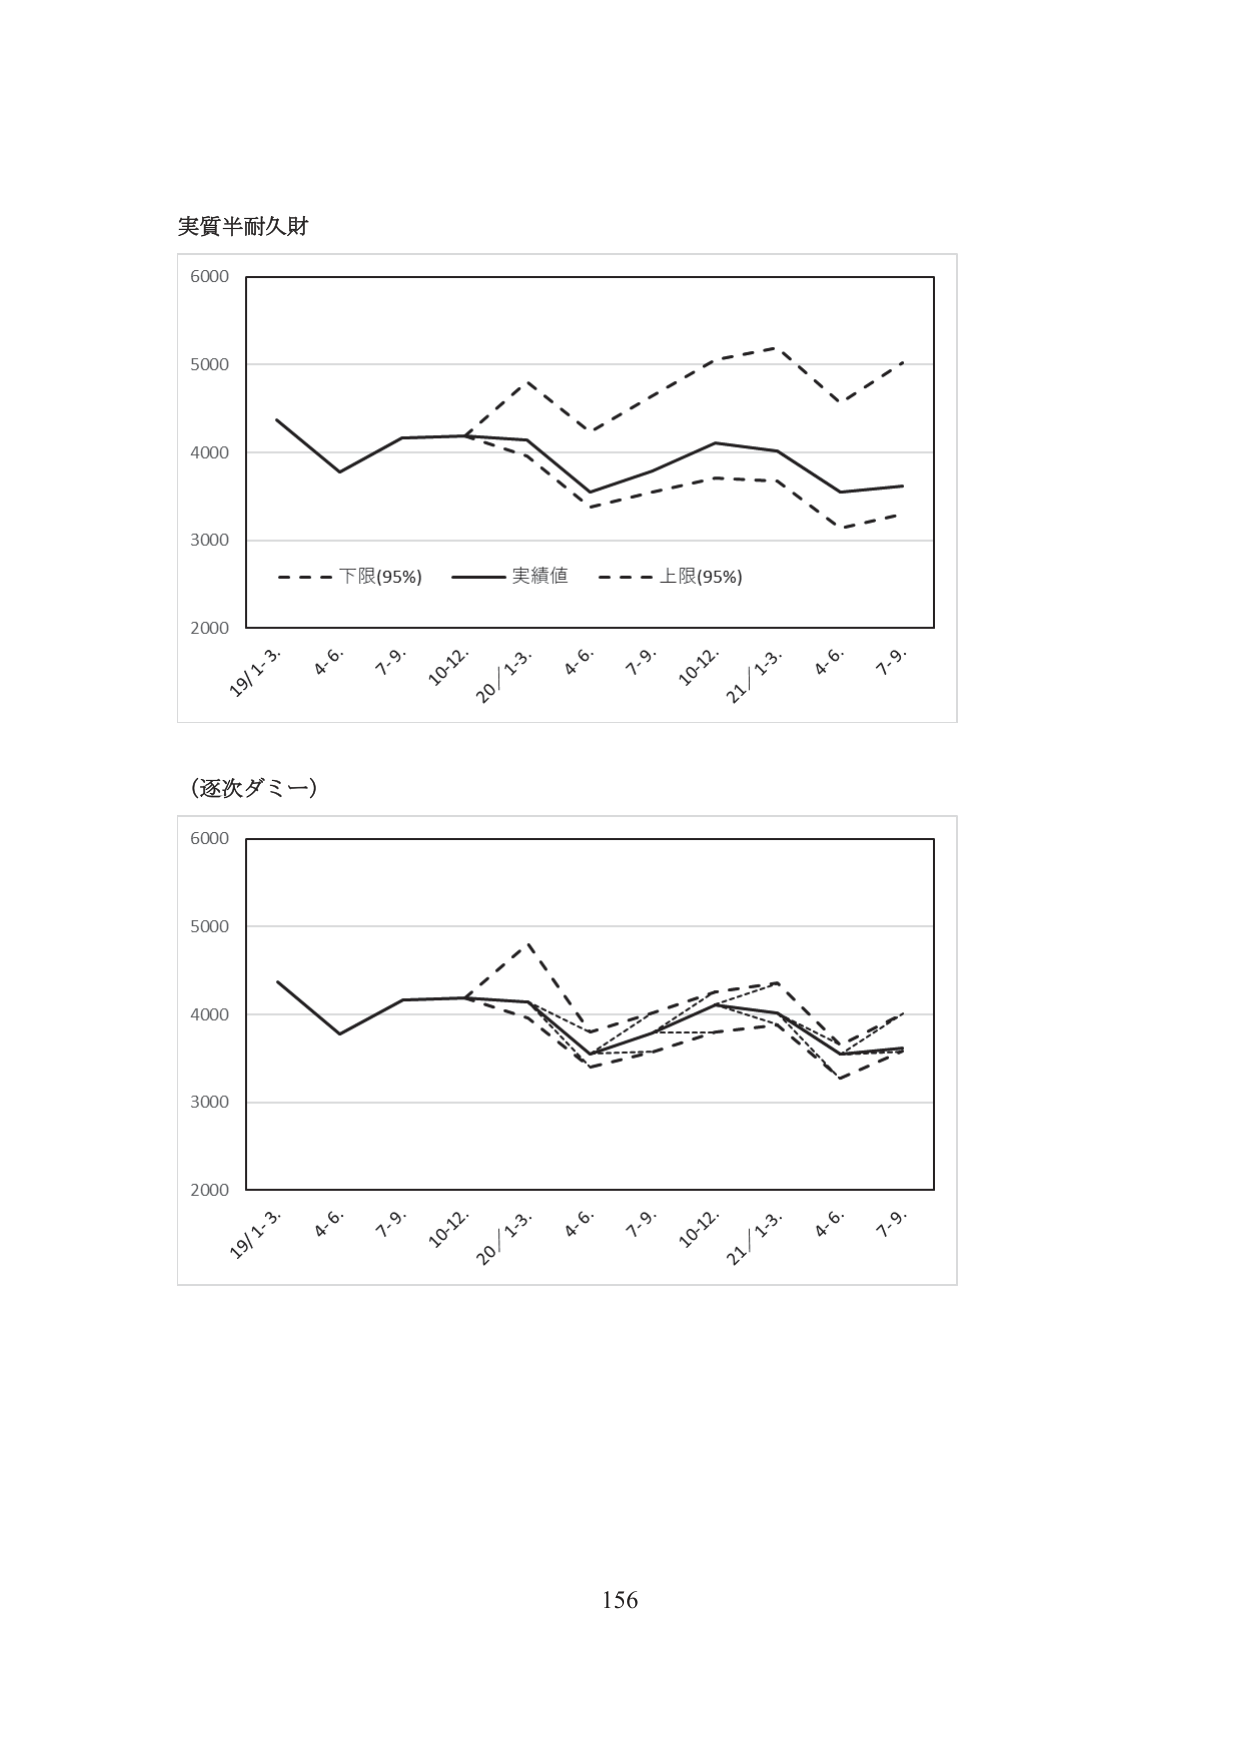
実質半耐久財

6000
5000
4000
3000
2000

19/1-3. 4.6. 7.9. 10-12. 20/1-3. 4.6. 7.9. 10-12. 21/1-3. 4.6. 7.9.

- - - 下限(95%) —— 実績値 - - - 上限(95%)

(逐次ダミー)

6000
5000
4000
3000
2000

19/1-3. 4.6. 7.9. 10-12. 20/1-3. 4.6. 7.9. 10-12. 21/1-3. 4.6. 7.9.

156